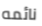
نائمه